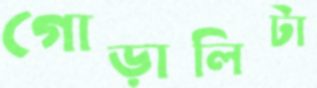
গোড়ালিটা